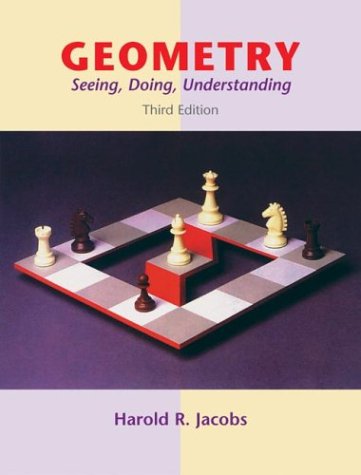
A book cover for Geometry: Seeing, Doing, Understanding, 3rd Edition; Harold R. Jacobs; Science & Math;